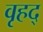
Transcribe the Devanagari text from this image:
वृहद्‌